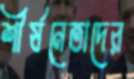
শীর্ষনেতাদের